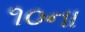
૧૦ના